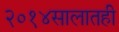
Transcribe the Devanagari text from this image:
२०१४सालातही